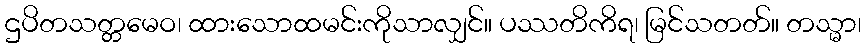
ဌပိတသတ္တမေဝ၊ ထားသောထမင်းကိုသာလျှင်။ ပဿတိကိရ၊ မြင်သတတ်။ တသ္မာ၊